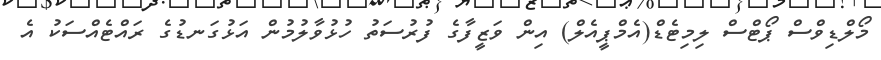
މޯލްޑިވްސް ޕޯޓްސް ލިމިޓެޑް(އެމްޕީއެލް) އިން ވަޒީފާގެ ފުރުސަތު ހުޅުވާލުމުން އަޅުގަނޑުގެ ރައްޓެއްސަކު އެ